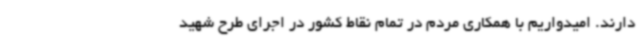
دارند. امیدواریم با همکاری مردم در تمام نقاط کشور در اجرای طرح شهید